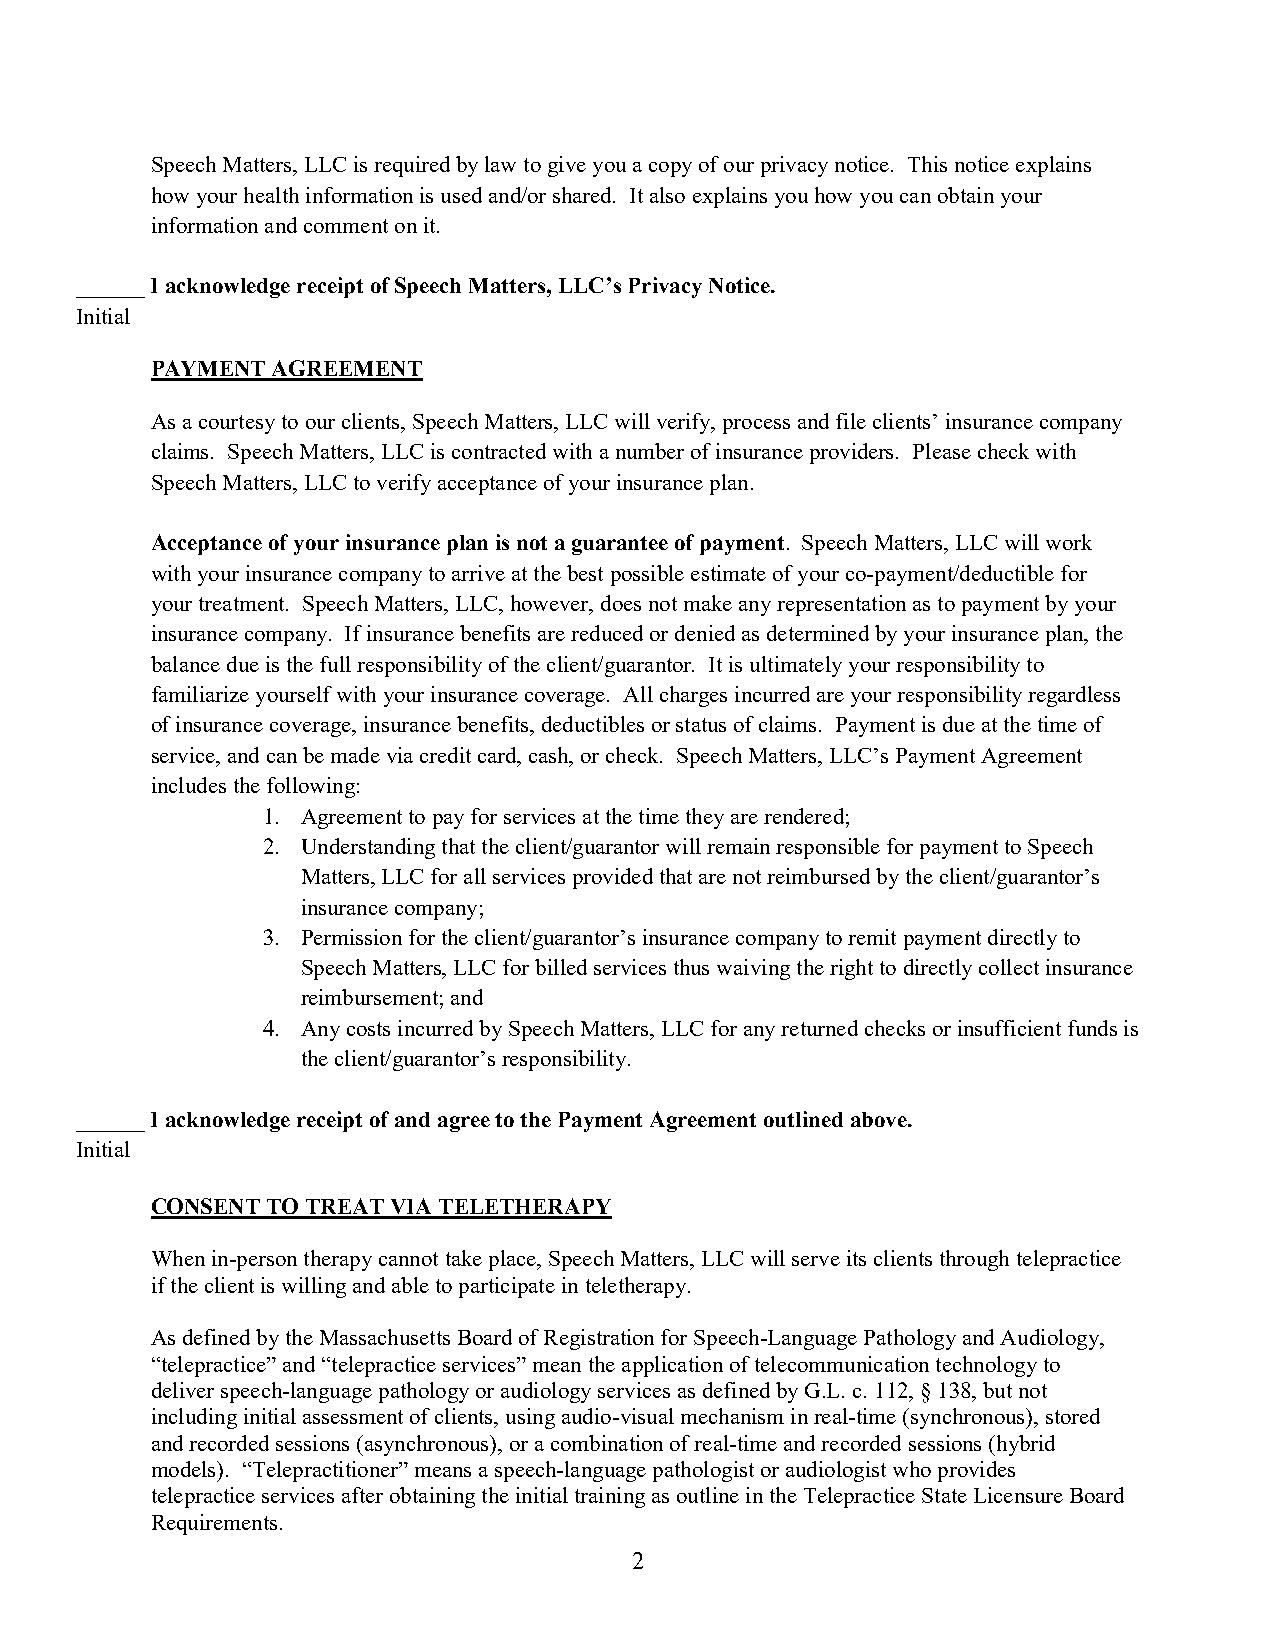
Speech Matters, LLC is required by law to give you a copy of our privacy notice. This notice explains
 how your health information is used and/or shared. It also explains you how you can obtain your
 information and comment on it.
 ______ I acknowledge receipt of Speech Matters, LLC’s Privacy Notice.
 Initial
 PAYMENT AGREEMENT
 As a courtesy to our clients, Speech Matters, LLC will verify, process and file clients’ insurance company
 claims. Speech Matters, LLC is contracted with a number of insurance providers. Please check with
 Speech Matters, LLC to verify acceptance of your insurance plan.
 Acceptance of your insurance plan is not a guarantee of payment. Speech Matters, LLC will work
 with your insurance company to arrive at the best possible estimate of your co-payment/deductible for
 your treatment. Speech Matters, LLC, however, does not make any representation as to payment by your
 insurance company. If insurance benefits are reduced or denied as determined by your insurance plan, the
 balance due is the full responsibility of the client/guarantor. It is ultimately your responsibility to
 familiarize yourself with your insurance coverage. All charges incurred are your responsibility regardless
 of insurance coverage, insurance benefits, deductibles or status of claims. Payment is due at the time of
 service, and can be made via credit card, cash, or check. Speech Matters, LLC’s Payment Agreement
 includes the following:
 1. Agreement to pay for services at the time they are rendered;
 2. Understanding that the client/guarantor will remain responsible for payment to Speech
 Matters, LLC for all services provided that are not reimbursed by the client/guarantor’s
 insurance company;
 3. Permission for the client/guarantor’s insurance company to remit payment directly to
 Speech Matters, LLC for billed services thus waiving the right to directly collect insurance
 reimbursement; and
 4. Any costs incurred by Speech Matters, LLC for any returned checks or insufficient funds is
 the client/guarantor’s responsibility.
 ______ I acknowledge receipt of and agree to the Payment Agreement outlined above.
 Initial
 CONSENT TO TREAT VIA TELETHERAPY
 When in-person therapy cannot take place, Speech Matters, LLC will serve its clients through telepractice
 if the client is willing and able to participate in teletherapy.
 As defined by the Massachusetts Board of Registration for Speech-Language Pathology and Audiology,
 “telepractice” and “telepractice services” mean the application of telecommunication technology to
 deliver speech-language pathology or audiology services as defined by G.L. c. 112, § 138, but not
 including initial assessment of clients, using audio-visual mechanism in real-time (synchronous), stored
 and recorded sessions (asynchronous), or a combination of real-time and recorded sessions (hybrid
 models). “Telepractitioner” means a speech-language pathologist or audiologist who provides
 telepractice services after obtaining the initial training as outline in the Telepractice State Licensure Board
 Requirements.
 2